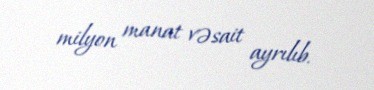
milyon manat vəsait ayrılıb.